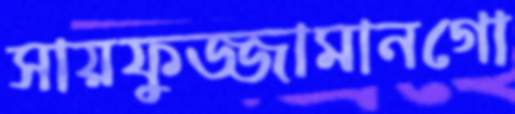
সায়ফুজ্জামানগো